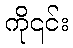
ကို၎င်း